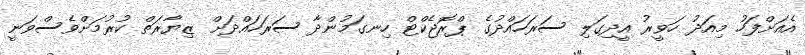
އެއަށްފަހު މިއަދު ހަވީރު އީދިގަލި ސަރަހައްދުގެ ޕްރޮޖެކްޓް ހިނގަމުންދާ ސަރަހައްދަށް ޒިޔާރަތް ކުރުމަށްވެސްވަނީ